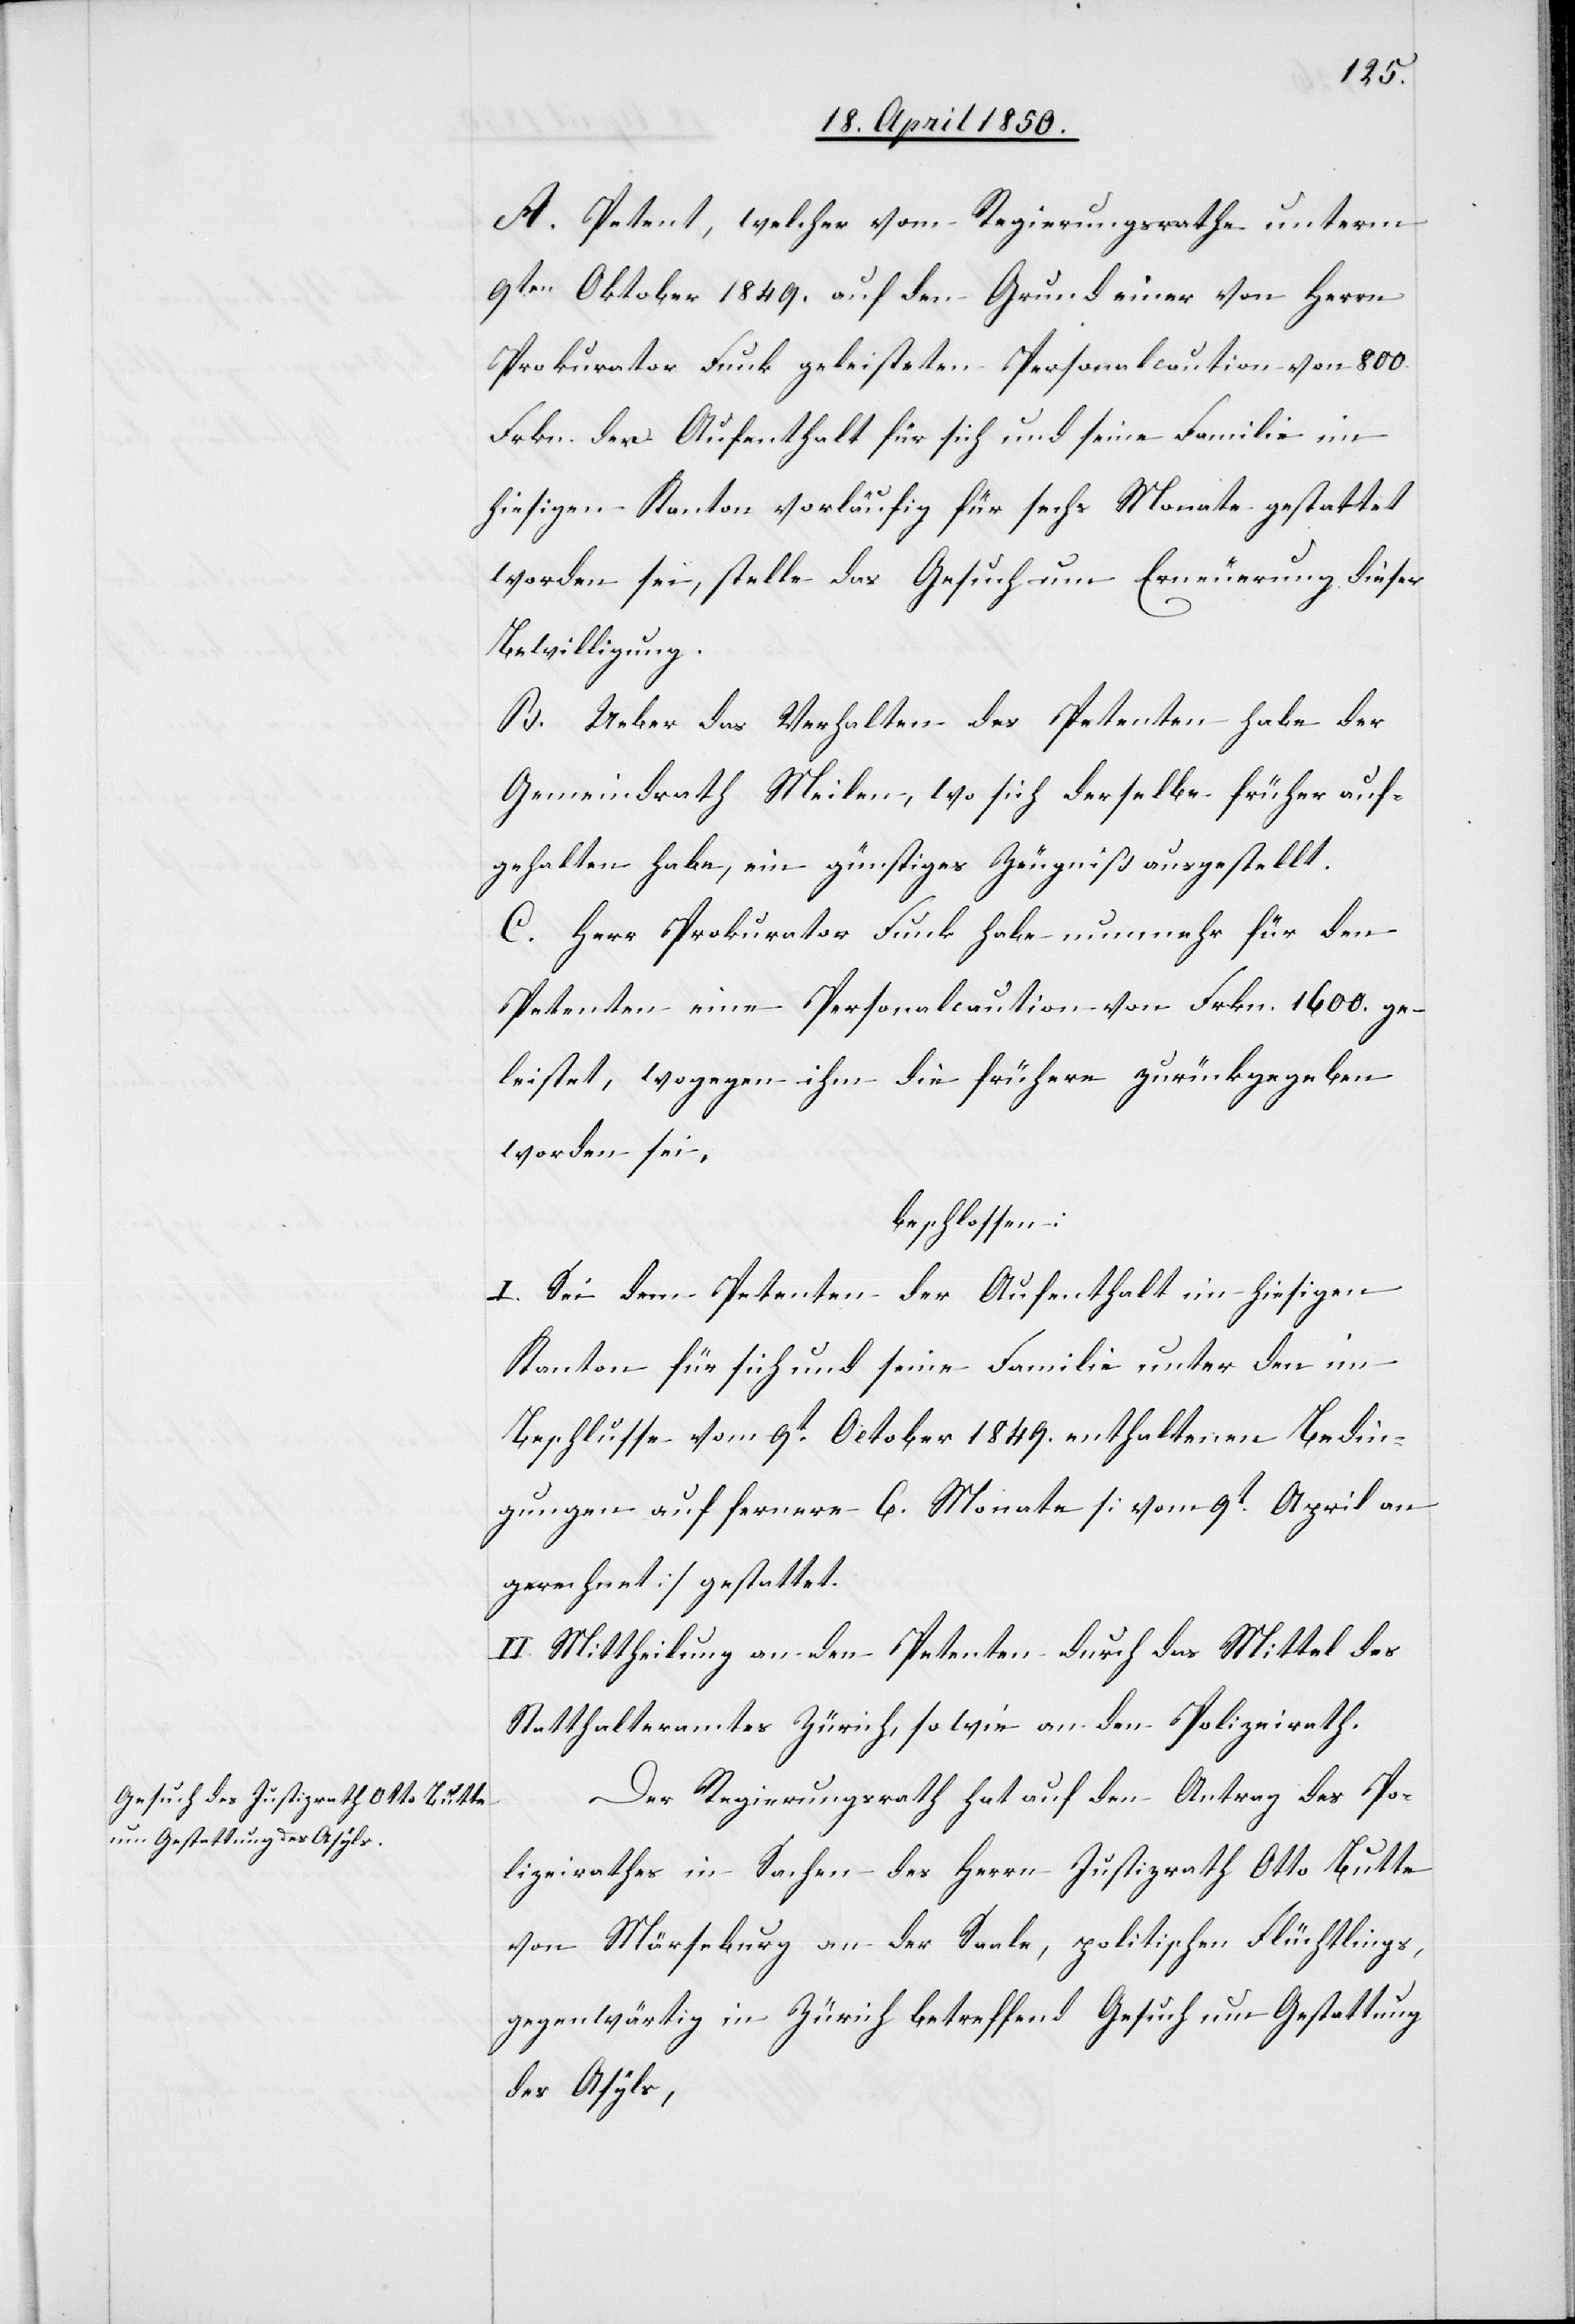
9ten Oktober 1849. auf den Grund einer von Herrn
Prokurator Funk geleisteten Personalcaution von 800.
Frkn. der Aufenthalt für sich und seine Familie im
hiesigen Kanton vorläufig für sechs Monate gestattet
worden sei, stelle das Gesuch um Erneuerung dieser
Bewilligung.
B. Ueber das Verhalten des Petenten habe der
Gemeindrath Meilen, wo sich derselbe früher auf¬
gehalten habe, ein günstiges Zeugniß ausgestellt.
C. Herr Prokurator Funk habe nunmehr für den
Petenten eine Personalkaution von Frkn. 1600. ge¬
leistet, wogegen ihm die frühere zurückgegeben
worden sei,
beschlossen:
I. Sei dem Petenten der Aufenthalt im hiesigen
Kanton für sich und seine Familie unter den im
Beschlusse vom 9t October 1849. enthaltenen Bedin¬
gungen auf fernere 6. Monate [vom 9t April an
gerechnet] gestattet.
II. Mittheilung an den Petenten durch das Mittel des
Statthalteramtes Zürich, sowie an den Polizeirath.
Der Regierungsrath hat auf den Antrag des Po¬
lizeirathes in Sachen des Herrn Justizrath Otto Butte
von Mörseburg an der Saale, politischen Flüchtlings,
gegenwärtig in Zürich betreffend Gesuch um Gestattung
des Aslys,